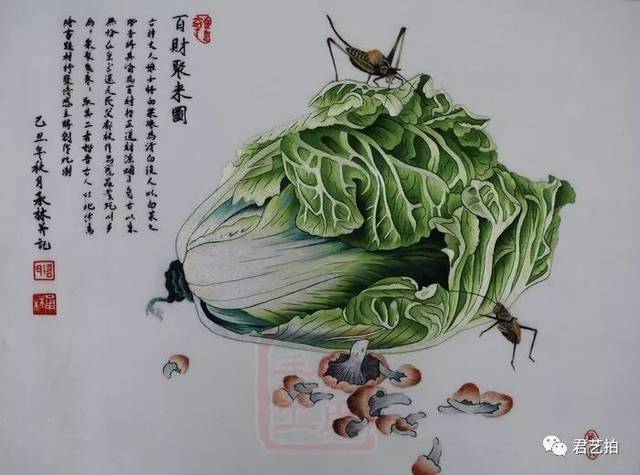
龟灵未免刳肠患，马失应无折足忧。